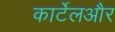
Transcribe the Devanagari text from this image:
कार्टेलऔर